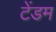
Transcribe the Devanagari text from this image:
टेंडम